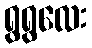
ရွရွလေး